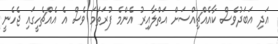
އަދި އަބަދުވެސް ކާއެއްޗިއްސަށް އަތްލާއިރު އެންމެ ފުރަތަމަ ވެސް އެ އެއްޗެހީގައި ޖެހެނީ